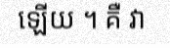
ឡើយ ។ គឺ វា